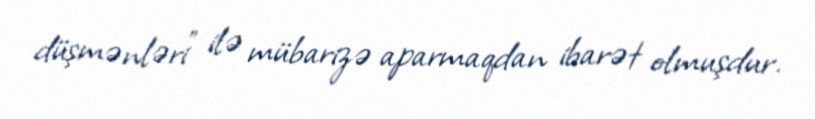
düşmənləri" ilə mübarizə aparmaqdan ibarət olmuşdur.